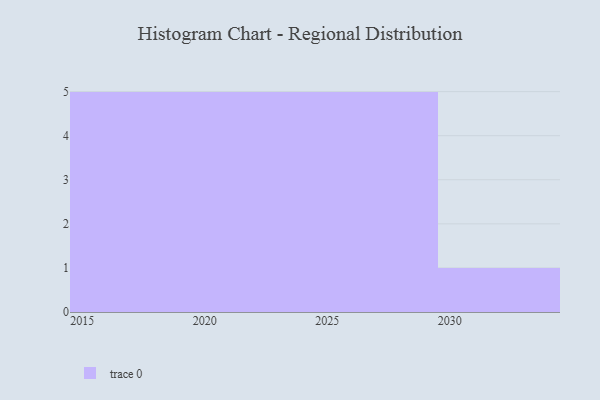
{"axis": {"x": "Year", "y": "Population (Million)"}, "legend": [""], "data": [{"x": "2021", "y": 74, "type": ""}, {"x": "2024", "y": 19, "type": ""}, {"x": "2023", "y": 17, "type": ""}, {"x": "2015", "y": 47, "type": ""}, {"x": "2030", "y": 43, "type": ""}, {"x": "2026", "y": 62, "type": ""}, {"x": "2027", "y": 88, "type": ""}, {"x": "2016", "y": 9, "type": ""}, {"x": "2019", "y": 23, "type": ""}, {"x": "2025", "y": 34, "type": ""}, {"x": "2020", "y": 38, "type": ""}, {"x": "2029", "y": 76, "type": ""}, {"x": "2017", "y": 5, "type": ""}, {"x": "2022", "y": 26, "type": ""}, {"x": "2028", "y": 38, "type": ""}, {"x": "2018", "y": 66, "type": ""}]}